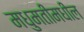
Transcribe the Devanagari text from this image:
मधुमतीमधील